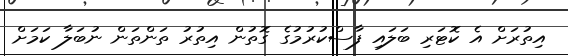
އިތުރަށް އެ ކޮޓަރި ބަލައި ފާސްކުރުމުގެ ގޮތުން އިތުރު ތަންތަން ނުބަލާ ކަމަށް